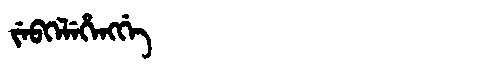
Manchu: ᠵᡝᠪᡴᡝᠯᡝᡥᡝᠩᡤᡝ
Romanization: JEBKELEHENGGE